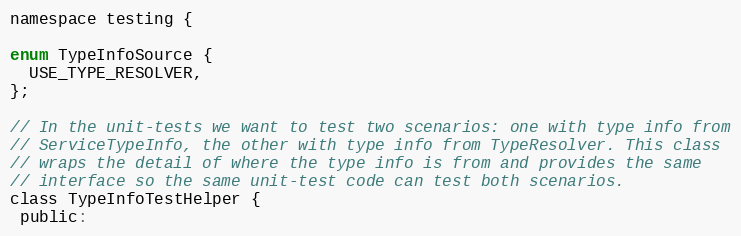
Language: C
namespace testing {

enum TypeInfoSource {
  USE_TYPE_RESOLVER,
};

// In the unit-tests we want to test two scenarios: one with type info from
// ServiceTypeInfo, the other with type info from TypeResolver. This class
// wraps the detail of where the type info is from and provides the same
// interface so the same unit-test code can test both scenarios.
class TypeInfoTestHelper {
 public: